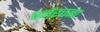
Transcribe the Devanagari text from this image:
पर्नरचना